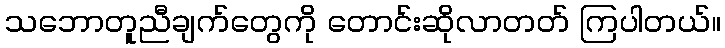
သဘောတူညီချက်တွေကို တောင်းဆိုလာတတ် ကြပါတယ်။